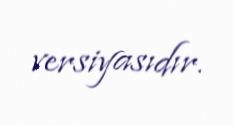
versiyasıdır.